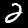
Digit: 2